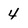
Character: 4